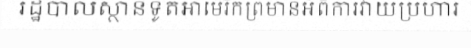
រដ្ឋបាលស្ថានទូតអាម៉េរិកព្រមានអំពីការវាយប្រហារ